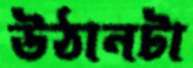
উঠানটা